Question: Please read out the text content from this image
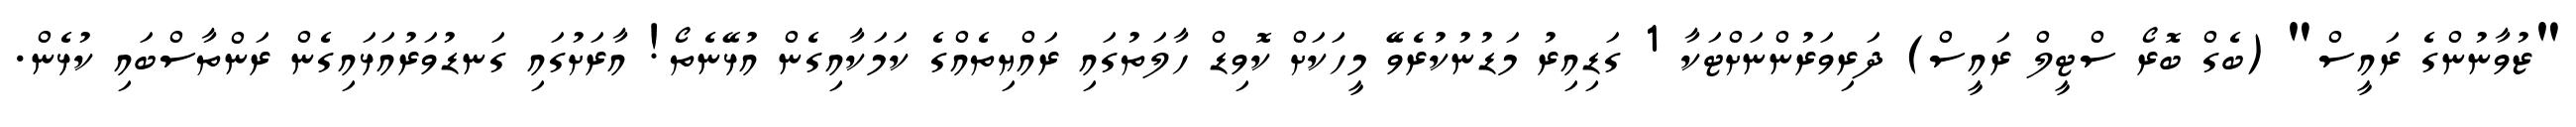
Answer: "ޒުވާނުންގެ ރައީސް" (ބެގް ބޮރޯ ސްޓީލް ރައީސް) ދަރިވަރުންނަށްޓަކާ 1 ގަޑިއިރު މަޑުނުކުރެވޭ މީހަކަށް ކޮވިޑް ހާލަތުގައި ރައްޔިތެއްގެ ކަމަކާއިގެން އުޅޭނެތޯ! އާރަށުގައި ގަނޑުވަރުއަޅައިގެން ރަންތާސްބައި ކުޅެން.